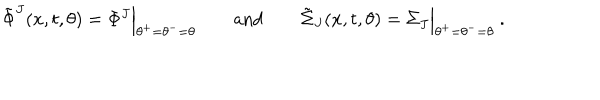
\tilde { \Phi } ^ { J } ( x , t , \theta ) = \Phi ^ { J } \Bigl \vert _ { \theta ^ { + } = \theta ^ { - } = \theta } \qquad \mathrm { a n d } \qquad \tilde { \Sigma } _ { J } ( x , t , \theta ) = \Sigma _ { J } \Bigl \vert _ { \theta ^ { + } = \theta ^ { - } = \theta } \ .